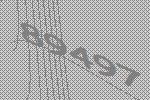
89497